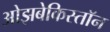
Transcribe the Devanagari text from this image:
ओझबेकिस्तॉन